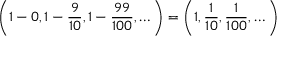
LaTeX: \left( 1 - 0 , 1 - { \frac { 9 } { 1 0 } } , 1 - { \frac { 9 9 } { 1 0 0 } } , \dots \right) = \left( 1 , { \frac { 1 } { 1 0 } } , { \frac { 1 } { 1 0 0 } } , \dots \right)